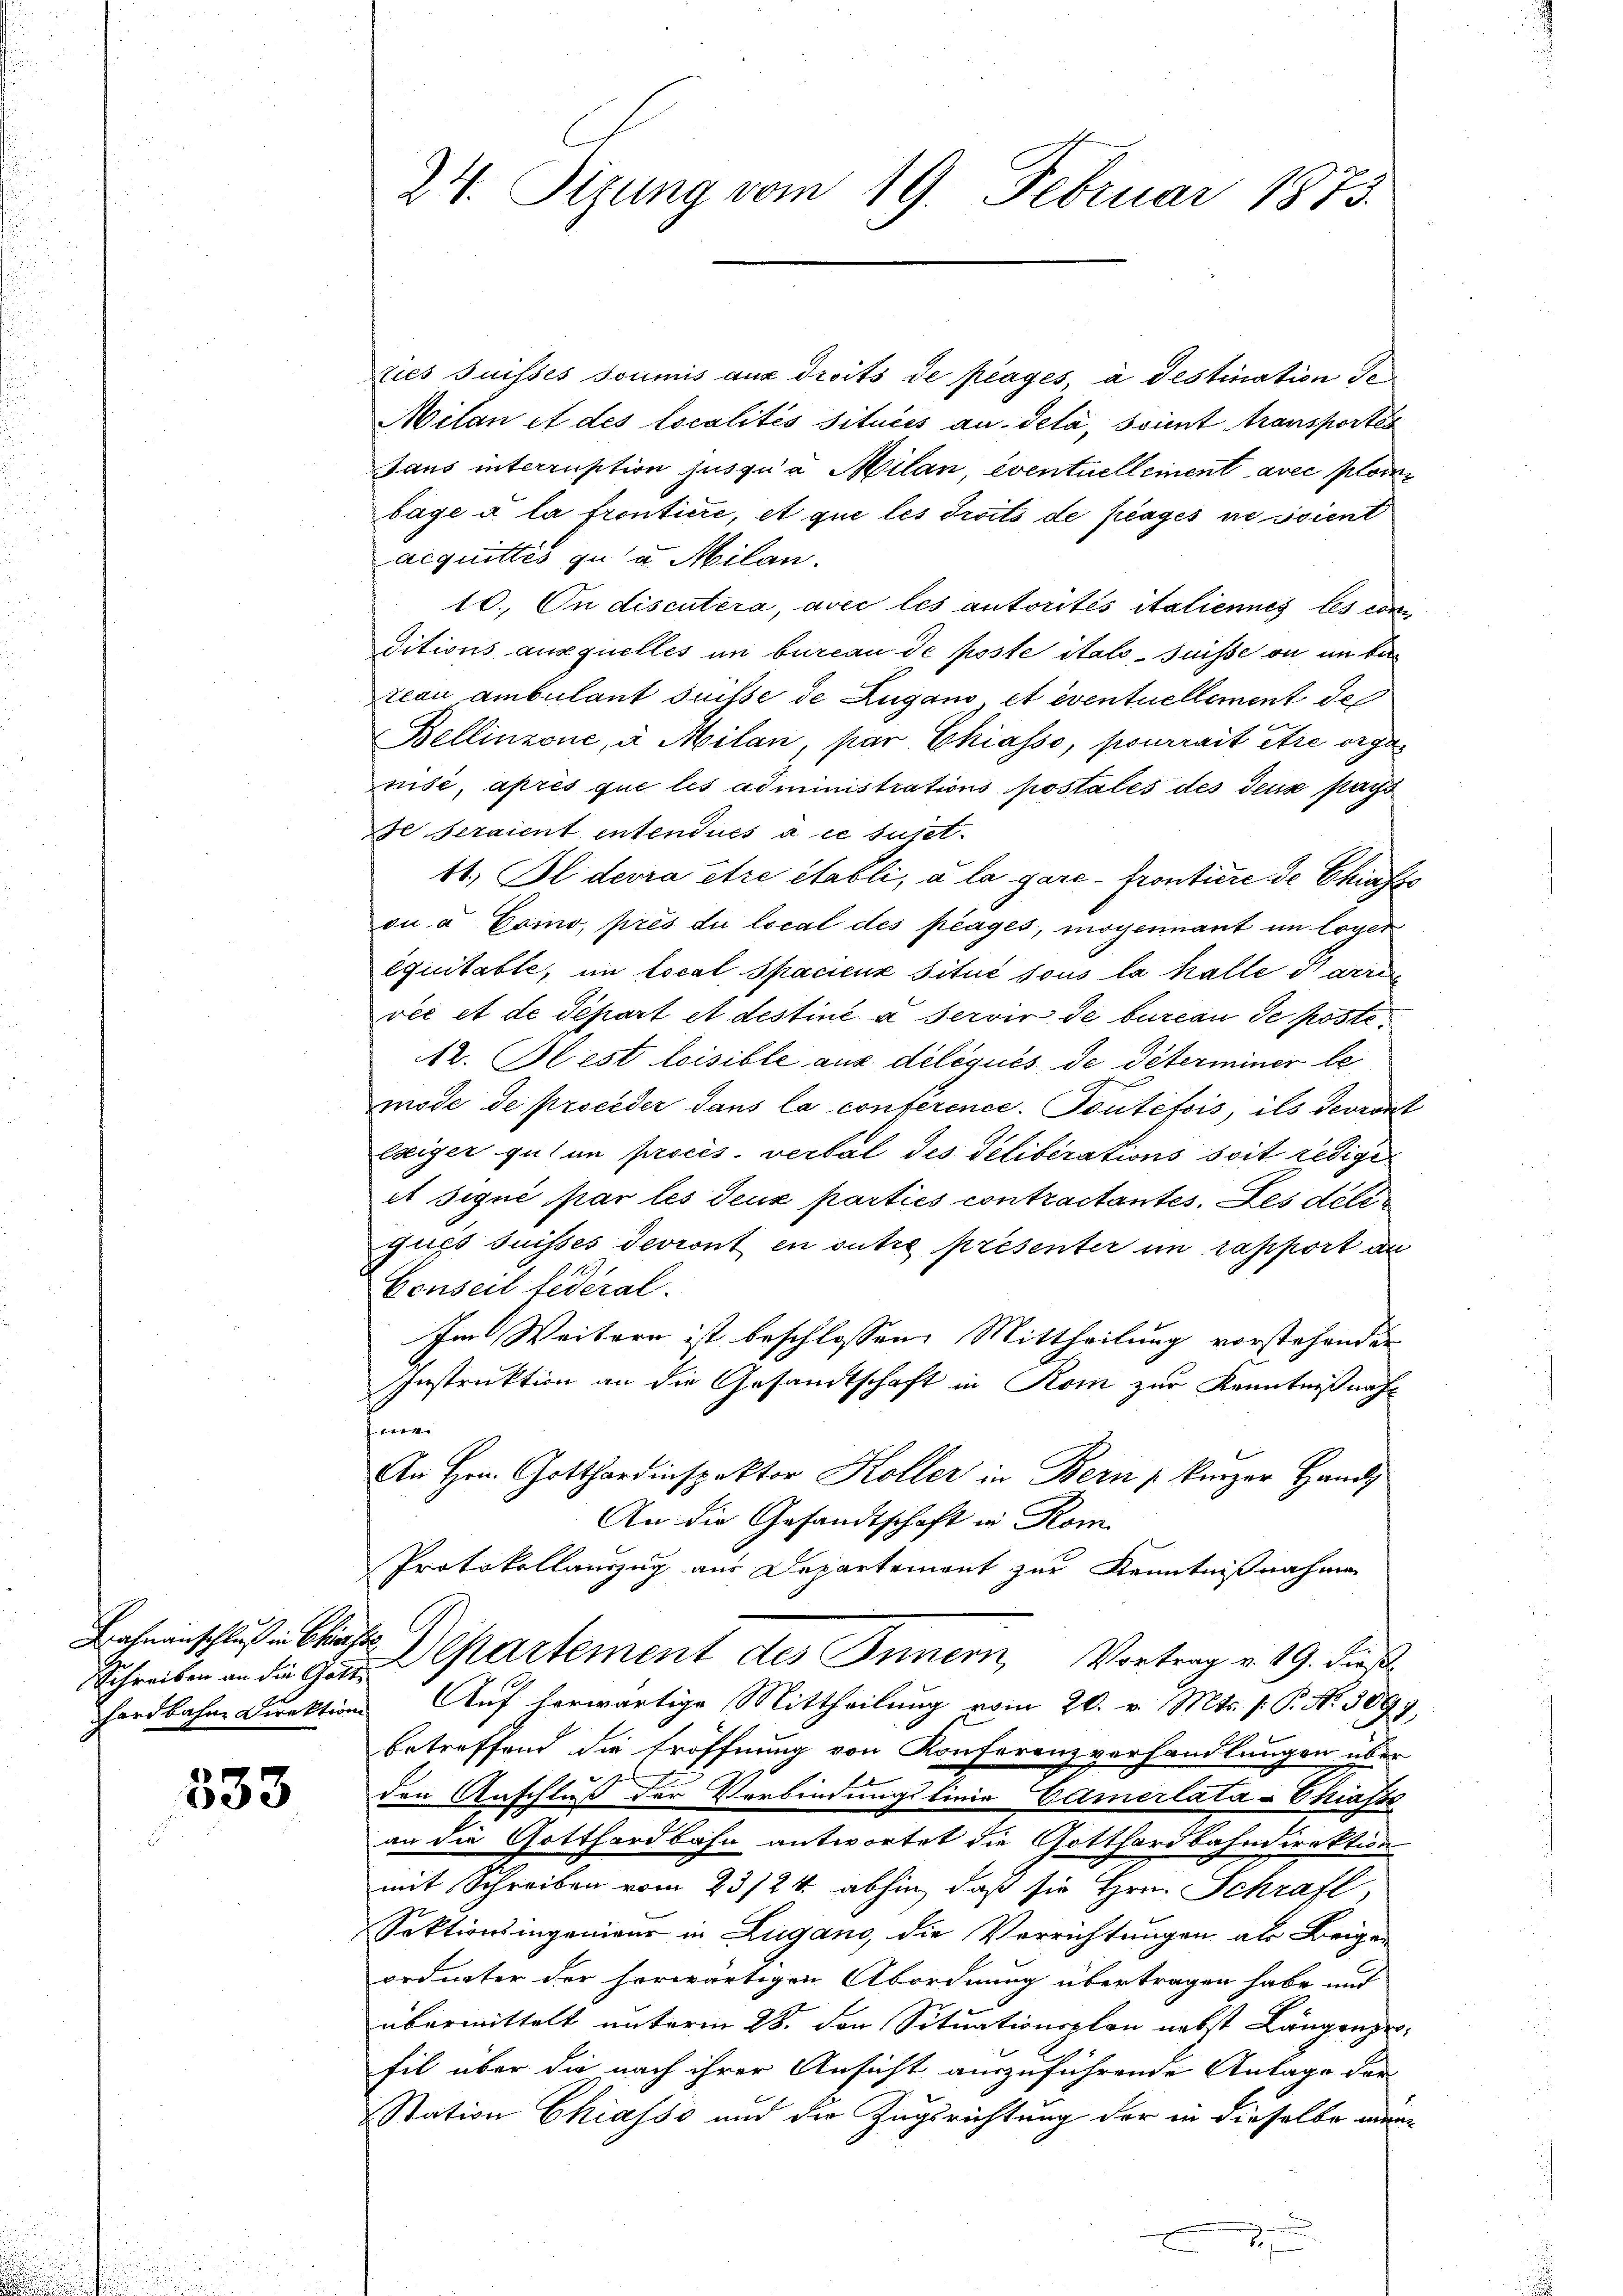
Schreiben an die Gott
hardbahne Direktion

533

24. Sizung vom 19. Februar 1875.

ties Suisses soumis aux droits de plages, à destination de
Milan et des localités situées au-delà, soient transportés
Jaus interruption jusqua Milan, eventuellement avec plom
bage à la frontiere, et que les Troits de plages ne soient
acquittes zu u. Milan.
10. On discutera, avec les autorités italiennes les com
ditions auxquelles in bureau de poste itals Suisse ou im Bareau ambulant suisse de Zugano, et eventuellement de
Bellinzone, à Milan, par Chiasso, pourrait être organisé, après que les administrations postales des deus pays
e seraient entendues à ce sujet.
41. Il devra être établi, à la gare-frontiere de Chiafts
on u. Como, près die local des plages, moyennant im loger
équitable, im Local Spacieux situé sous la halle Barri
vée et de Separt et destiné à servir de bureau de poste
12. Blest loisible aus délégués de déterminer lemode de proceder dans la conference. Toutefois, ils devront
Ereiger gut an proces. verbal des Geliberations soit redige
et Siqué par les deux parties contractantes. Des déli
qués suisses devront en outre présenter in rapport au
Conseil fédéral.
Im Weitern ist beschlossen Mittheilung vorstehender
Instruktion an die Gesandtschaft in Rom zur Kenntnißnahfenar
An Hrn. Gotthardinspektor Koller in Bern / kurzer Hand
An die Gesandtschaft in Rom
Protokollauszug aus Departement zur Kenntnißnahmen
Bahnenschluß ein bliefe Departement des Innern, Vortrag v. 19. dies
Auf herwärtige Mittheilung vom 20. v. Mts. (: P. Nr. 3093.
betreffend die Eröffnung von Konferenzverhandlungen über
den Anschluß der Verbindungslinie Camerlata-Chiasse
an die Gotthardbahn antwortet die Gotthardbahndirektion
mit Schreiben vom 23/24. abhin, daß sie Hrn. Schraft,
Sektionsingenieur in Zugano, die Verrichtungen als Beigen
ordneter der herwärtigen Abordnung übertragen habe und
übermittelt unterm 28. den Situationsplan nebst Längengefil über die nach ihrer Ansicht auszuführende Anlage der
Station Chiasso und die Zugsrichtung der in dieselbe min¬